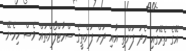
އޭގެ ތެރޭގައި މެދު ފަންތި އާއި ދަށް ފަންތީގެ ސްމާޓްފޯންތައް ވެސް ހިމެނޭ